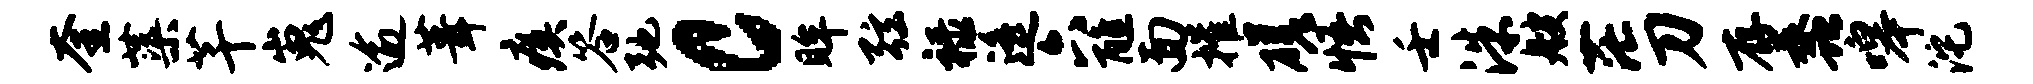
奎蕖芊嵬逾葺瘼答弛c眸弦禄遥六醮面摧磋悟壬洙艘茫刀存蠡嗥沱